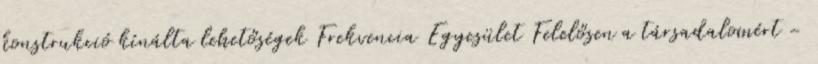
konstrukció kínálta lehetőségek Frekvencia Egyesület Felelősen a társadalomért -